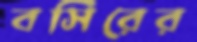
বসিরের